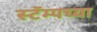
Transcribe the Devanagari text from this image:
स्टॅम्पच्या